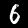
Digit: 6